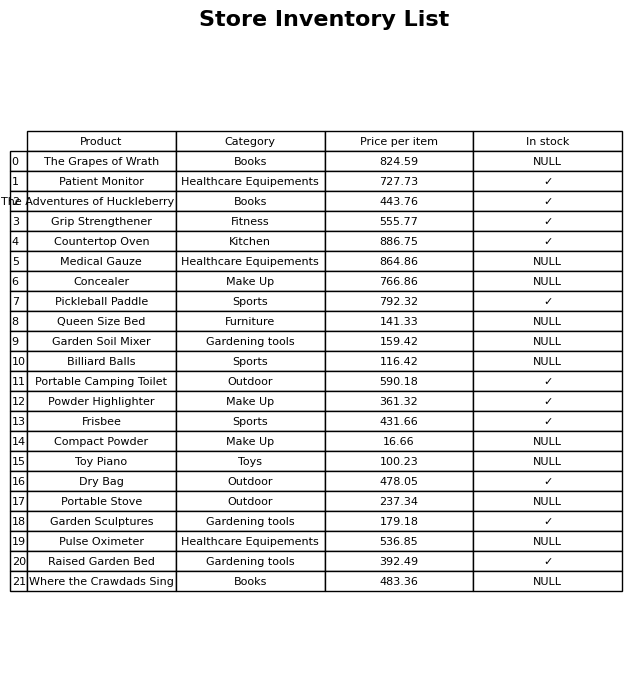
question: What is the price of the Frisbee?
answer: The price of Frisbee is 431.66.